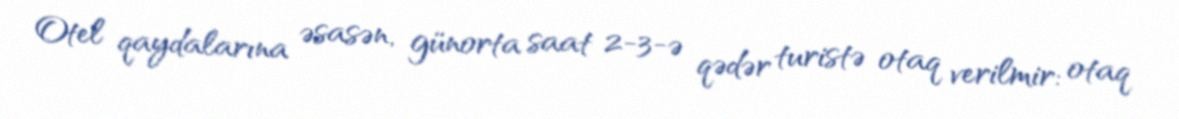
Otel qaydalarına əsasən, günorta saat 2-3-ə qədər turistə otaq verilmir: otaq